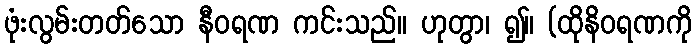
ဖုံးလွမ်းတတ်သော နီဝရဏ ကင်းသည်။ ဟုတွာ၊ ၍။ (ထိုနိဝရဏကို